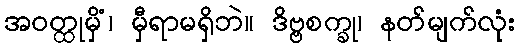
အဝတ္ထုမှိံ၊ မှီရာမရှိဘဲ။ ဒိဗ္ဗစက္ခု၊ နတ်မျက်လုံး